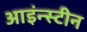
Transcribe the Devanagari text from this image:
आइंन्स्टीन